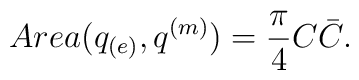
Area(q_{(e)}, q^{(m)}) ={\pi \over 4} C\bar C.